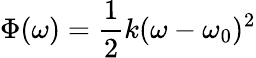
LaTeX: \Phi(\omega)=\frac{1}{2}k(\omega-\omega_{0})^{2}